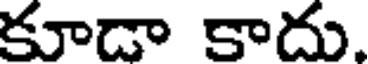
కూడా కాదు.